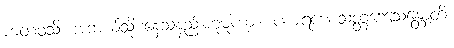
ကတံဝသိ၊ အဘယ်သို့ နေသနည်းဟူမူကား။ ပကရဏေသတ္တဒေသေန္တောတိ၊